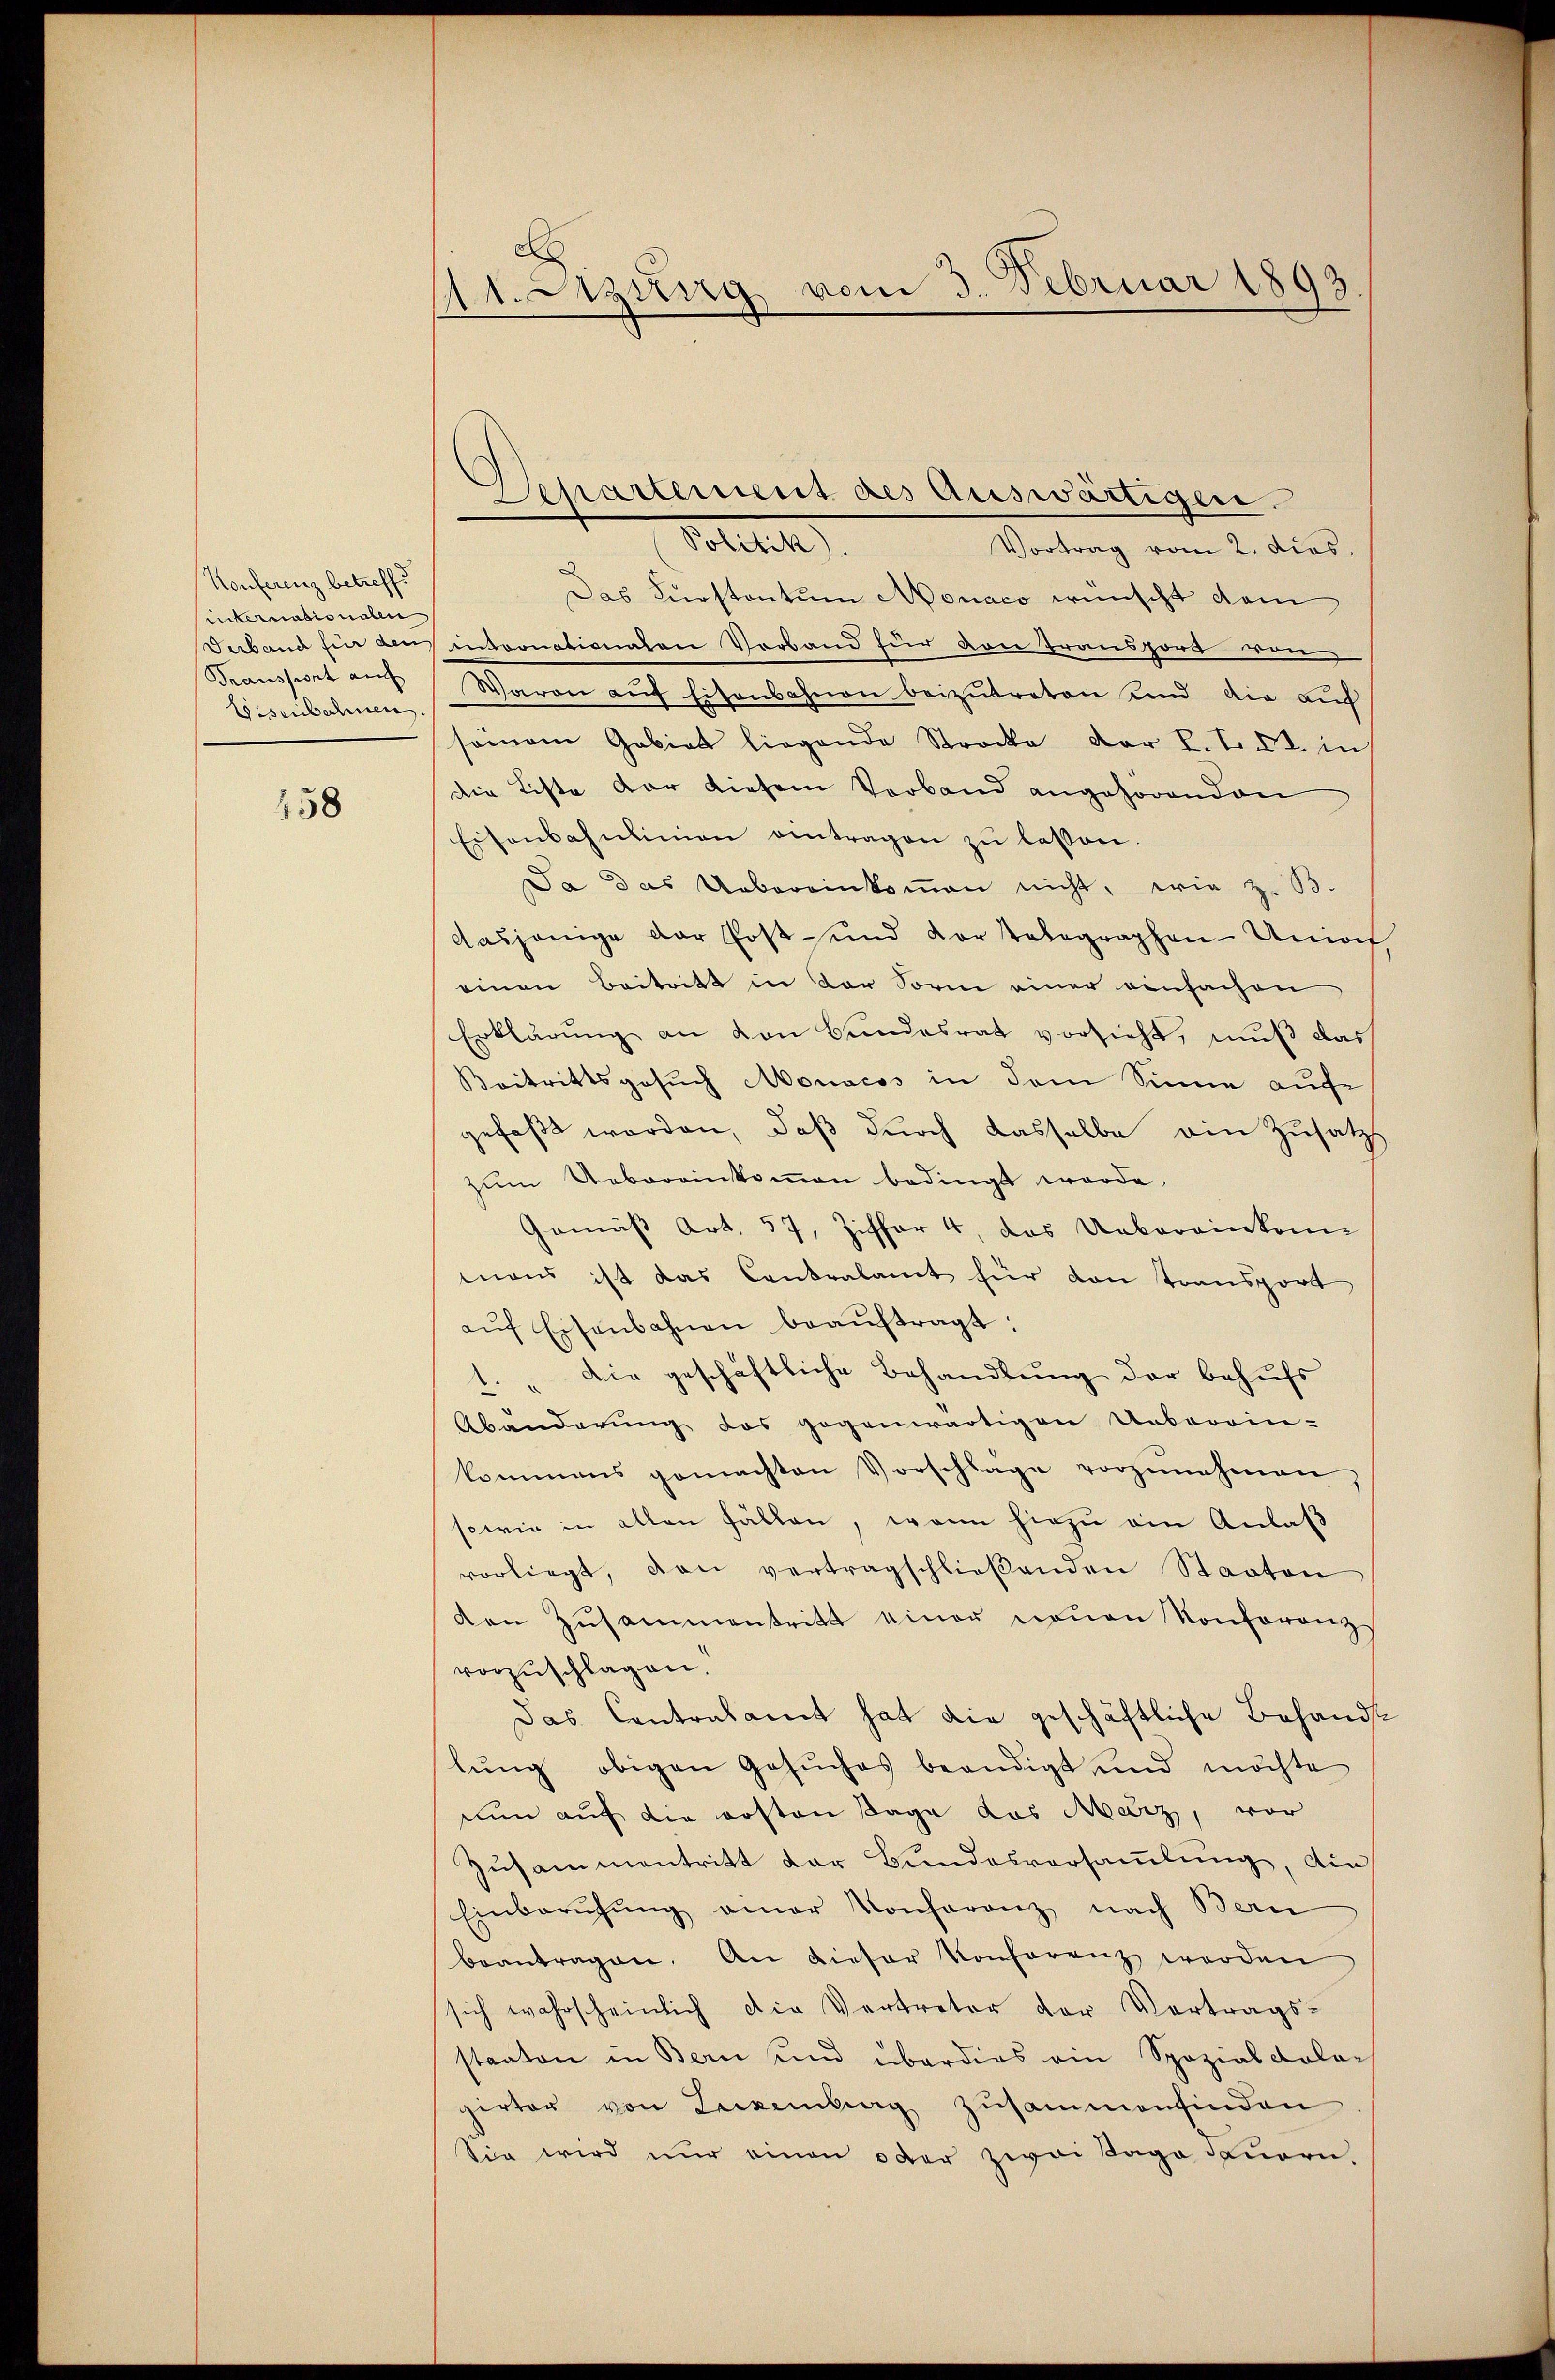
Konferenz betreffe
internationalen
Verband für den
Traussiont auch
Eisenbahnen.

158

cl
111. Sitzung vom 3. Februar 1893

Departement des Auswärtigen.
Sollten

Vortrag vom 2. dies.
Das Kurstantum Monaco wünscht dem
oonationen Verband für von Transford wen
Waron aŭf Eisenbahnen beizutreten Kind die auc
seinem Gebiet liegende Strocke der L. T. t. in
die Liste der diesem Verband angehörenden
Eisenbahnlinien antragen zŭ lassen.
Da das Uebereinkoṁen nicht, wie z. B.
dasjenige der Post- und der telegraphen-Unio
einen Beitritt in der Sorm einer einfachen
Erklärung an den Bundesrat vorsieht, muß das
Beitrittsgesŭch Monacos in dem Sinne aufe
gefaßt worden, daß durch dasselbe ein Zusatz
zum Uebereinkommen bedingt werde.
Gemäß Art. 57, Ziffer 4, das Uebereinkom
mans ist das Contralamt für den transport
aŭf Eisenbahnen beaŭftragt:
1. " Die geschäftliche Behandlung der behufs
Abänderŭng des gegenwärtigen Ueberein-
kommens gemachten Vorschlage vorzŭnehmen
sowie in allen Fällen, wenn hiezu ain Anlaß
vorliegt, dan vertragschlieβenden Staaten
den Zusammentritt einer neuen Konferenz
vorzuschlagen.
Das Contralamt hat die geschäftliche Behandslŭng obigen Gesŭches beendigt und möchte
nun auf die ersten Tage das Merz, vor
Zusammentritt der Bundesversammlung, die
Einbarŭhŭng einer Konferenz nach Bern
beantragen. An dieser Konferenz werden
sich wahrscheinlich die Vertreter der Vortrags-
staaten in Bern und überdies ein Spazial Kala-
pirter von Leckenberg zusammenfinden
Sie wird nur einen oder zwai Tage Feuern.